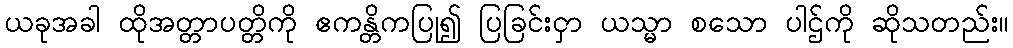
ယခုအခါ ထိုအတ္တာပတ္တိကို ဧကန္တိကပြု၍ ပြခြင်းငှာ ယသ္မာ စသော ပါဌ်ကို ဆိုသတည်း။